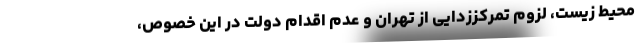
محیط زیست، لزوم تمرکززدایی از تهران و عدم اقدام دولت در این خصوص،